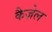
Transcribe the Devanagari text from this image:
कैज़ेल